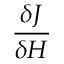
\frac { \delta J } { \delta H }